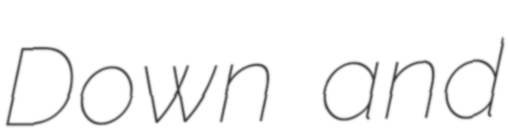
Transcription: Down and